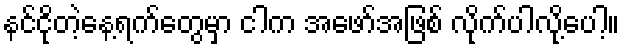
နင်ငိုတဲ့နေ့ရက်တွေမှာ ငါက အဖော်အဖြစ် လိုက်ပါလို့ပေါ့။